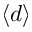
\langle d \rangle